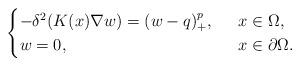
LaTeX: \begin{align*}\begin{cases}-\delta^2(K(x)\nabla w)= (w-q)^{p}_+,\ \ &x\in \Omega,\\w=0,\ \ &x\in\partial \Omega.\end{cases}\end{align*}